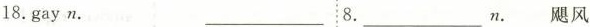
18.Gayn. __________8._____________n.飓风